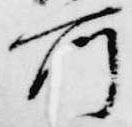
所